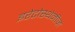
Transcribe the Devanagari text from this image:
इरेटोस्थेनीज़